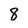
Character: 8